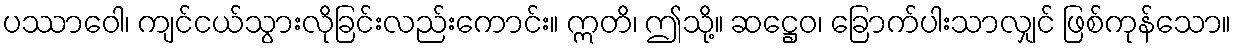
ပဿာဝေါ၊ ကျင်ငယ်သွားလိုခြင်းလည်းကောင်း။ ဣတိ၊ ဤသို့။ ဆဋ္ဌေဝ၊ ခြောက်ပါးသာလျှင် ဖြစ်ကုန်သော။